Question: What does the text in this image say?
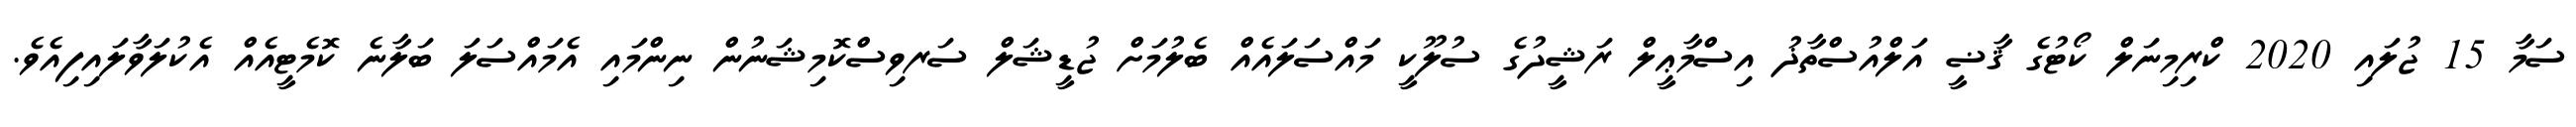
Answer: ސަމާ 15 ޖުލައި 2020 ކްރިމިނަލް ކޯޓުގެ ޤާޟީ އަލްއުސްތާޛު އިސްމާޢީލް ރަޝީދުގެ ސުލޫކީ މައްސަލައެއް ބެލުމަށް ޖުޑީޝަލް ސަރވިސްކޮމިޝަނުން ނިންމައި އެމައްސަލަ ބަލާނެ ކޮމެޓީއެއް އެކުލަވާލައިފިއެވެ.